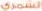
الشمري